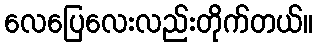
လေပြေလေးလည်းတိုက်တယ်။